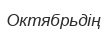
Октябрьдің